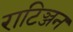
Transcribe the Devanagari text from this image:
राटिञ्जन